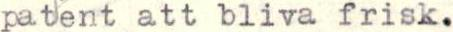
patent att bliva frisk.